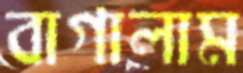
বাগালাম